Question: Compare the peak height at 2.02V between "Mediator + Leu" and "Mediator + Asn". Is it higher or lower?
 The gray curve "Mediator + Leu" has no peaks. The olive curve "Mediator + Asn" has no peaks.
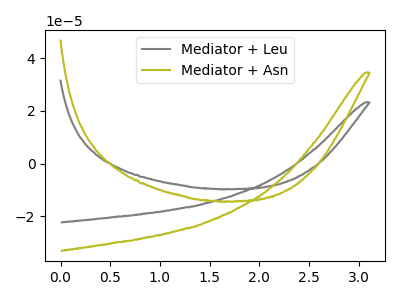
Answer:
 <answer>"Mediator + Leu" and "Mediator + Asn" dont share a peak at 2.02V.</answer>
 <eval>mismatch</eval>